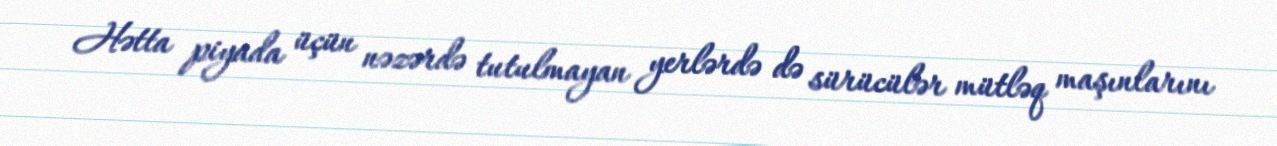
Hətta piyada üçün nəzərdə tutulmayan yerlərdə də sürücülər mütləq maşınlarını